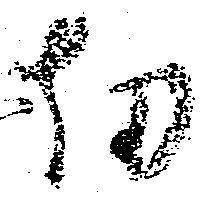
劫